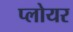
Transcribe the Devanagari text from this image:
प्लोयर